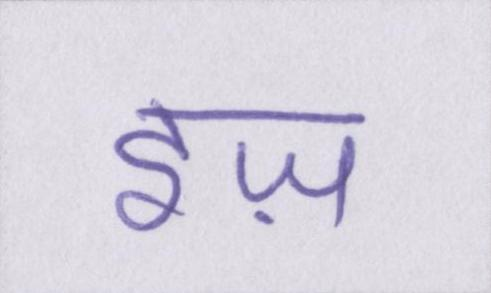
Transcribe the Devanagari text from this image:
इज़